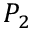
P _ { 2 }